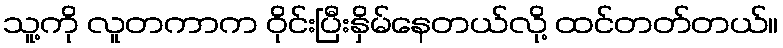
သူ့ကို လူတကာက ဝိုင်းပြီးနှိမ်နေတယ်လို့ ထင်တတ်တယ်။